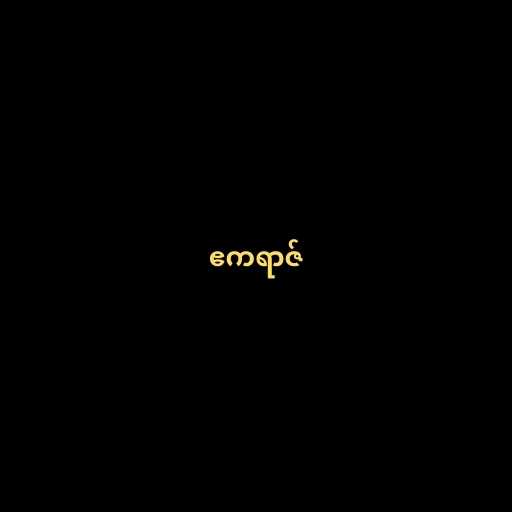
ဧကရာဇ်